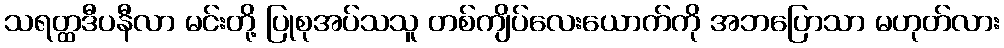
သရတ္ထဒီပနီလာ မင်းတို့ ပြုစုအပ်သသူ တစ်ကျိပ်လေးယောက်ကို အဘပြောသာ မဟုတ်လား